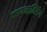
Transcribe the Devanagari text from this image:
फायनान्सिंग